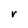
Character: r